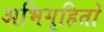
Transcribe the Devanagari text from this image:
अभिगृहितों